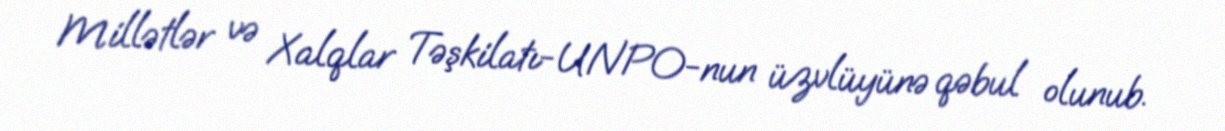
Millətlər və Xalqlar Təşkilatı-UNPO-nun üzvlüyünə qəbul olunub.